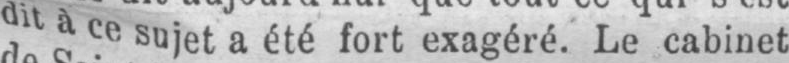
dit à ce sujet a été fort exagéré. Le cabinet